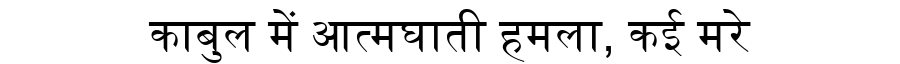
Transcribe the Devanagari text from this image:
काबुल में आत्मघाती हमला, कई मरे